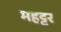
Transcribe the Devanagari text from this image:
महट्टर